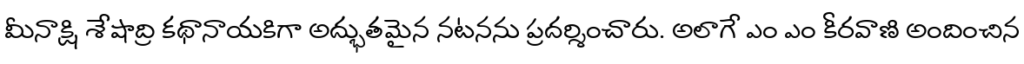
మీనాక్షి శేషాద్రి కథానాయకిగా అద్భుతమైన నటనను ప్రదర్శించారు. అలాగే ఎం ఎం కీరవాణి అందించిన